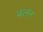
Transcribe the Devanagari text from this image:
बलन